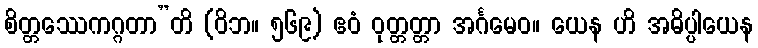
စိတ္တဿေကဂ္ဂတာ”တိ (ဝိဘ။ ၅၆၉) ဧဝံ ဝုတ္တတ္တာ အင်္ဂမေဝ။ ယေန ဟိ အဓိပ္ပါယေန